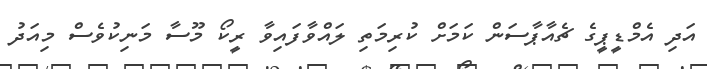
އަދި އެމްޑީޕީގެ ޗެއާޕާސަން ކަމަށް ކުރިމަތި ލައްވާފައިވާ ރީކޯ މޫސާ މަނިކުވެސް މިއަދު